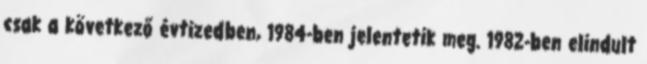
csak a következő évtizedben, 1984-ben jelentetik meg. 1982-ben elindult